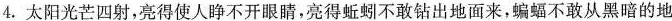
4. 太阳光芒四射，亮得使人睁不开眼睛，亮得蚯蚓不敢钻出地面来，蝙蝠不敢从黑暗的地